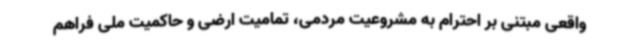
واقعی مبتنی بر احترام به مشروعیت مردمی، تمامیت ارضی و حاکمیت ملی فراهم